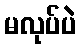
မလုပ်ပဲ